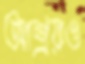
আশ্রয়ও